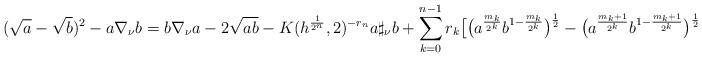
LaTeX: \begin{align*}(\sqrt{a}-\sqrt{b})^2-a\nabla_{\nu}b&=b\nabla_{\nu}a-2\sqrt{ab}-K(h^{\frac{1}{2^n}},2)^{-r_n}a\sharp_{\nu}b+\sum_{k=0}^{n-1}r_{k}\big[\big(a^{\frac{m_k}{2^k}}b^{1-\frac{m_k}{2^k}}\big)^{\frac{1}{2}}-\big(a^{\frac{m_k+1}{2^k}}b^{1-\frac{m_k+1}{2^k}}\big)^{\frac{1}{2}}\big]^{2}.\end{align*}